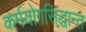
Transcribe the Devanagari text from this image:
कर्मयोगसिद्धान्त